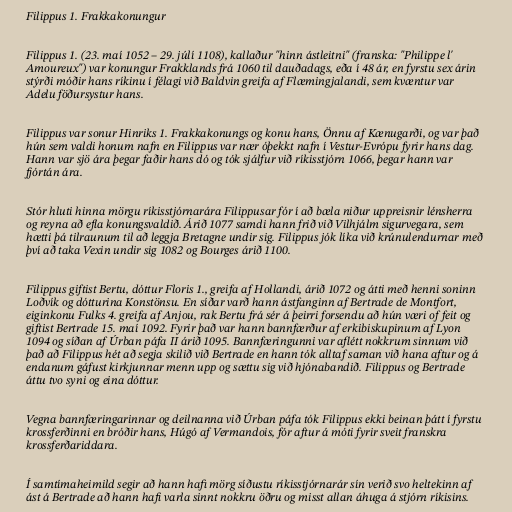
Filippus 1. Frakkakonungur

Filippus 1. (23. maí 1052 – 29. júlí 1108), kallaður "hinn ástleitni" (franska: "Philippe l'
Amoureux") var konungur Frakklands frá 1060 til dauðadags, eða í 48 ár, en fyrstu sex árin
stýrði móðir hans ríkinu í félagi við Baldvin greifa af Flæmingjalandi, sem kvæntur var
Adelu föðursystur hans.

Filippus var sonur Hinriks 1. Frakkakonungs og konu hans, Önnu af Kænugarði, og var það
hún sem valdi honum nafn en Filippus var nær óþekkt nafn í Vestur-Evrópu fyrir hans dag.
Hann var sjö ára þegar faðir hans dó og tók sjálfur við ríkisstjórn 1066, þegar hann var
fjórtán ára.

Stór hluti hinna mörgu ríkisstjórnarára Filippusar fór í að bæla niður uppreisnir lénsherra
og reyna að efla konungsvaldið. Árið 1077 samdi hann frið við Vilhjálm sigurvegara, sem
hætti þá tilraunum til að leggja Bretagne undir sig. Filippus jók líka við krúnulendurnar með
því að taka Vexin undir sig 1082 og Bourges árið 1100.

Filippus giftist Bertu, dóttur Floris 1., greifa af Hollandi, árið 1072 og átti með henni soninn
Loðvík og dótturina Konstönsu. En síðar varð hann ástfanginn af Bertrade de Montfort,
eiginkonu Fulks 4. greifa af Anjou, rak Bertu frá sér á þeirri forsendu að hún væri of feit og
giftist Bertrade 15. maí 1092. Fyrir það var hann bannfærður af erkibiskupinum af Lyon
1094 og síðan af Úrban páfa II árið 1095. Bannfæringunni var aflétt nokkrum sinnum við
það að Filippus hét að segja skilið við Bertrade en hann tók alltaf saman við hana aftur og á
endanum gáfust kirkjunnar menn upp og sættu sig við hjónabandið. Filippus og Bertrade
áttu tvo syni og eina dóttur.

Vegna bannfæringarinnar og deilnanna við Úrban páfa tók Filippus ekki beinan þátt í fyrstu
krossferðinni en bróðir hans, Húgó af Vermandois, fór aftur á móti fyrir sveit franskra
krossferðariddara.

Í samtímaheimild segir að hann hafi mörg síðustu ríkisstjórnarár sín verið svo heltekinn af
ást á Bertrade að hann hafi varla sinnt nokkru öðru og misst allan áhuga á stjórn ríkisins.